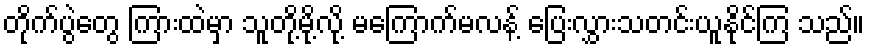
တိုက်ပွဲတွေ ကြားထဲမှာ သူတို့မို့လို့ မကြောက်မလန့် ပြေးလွှားသတင်းယူနိုင်ကြ သည်။